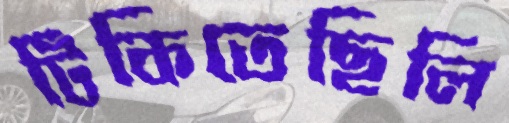
টিকিতেছিলি